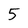
Character: 5